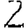
Digit: 2